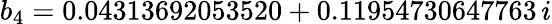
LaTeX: b_{4}=0.04313692053520+0.11954730647763\, i